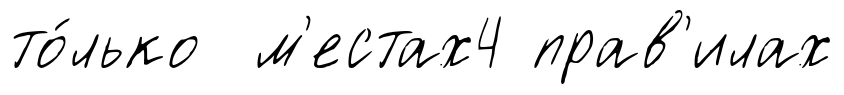
то́лько м'естах4 прав'илах